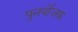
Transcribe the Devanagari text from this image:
पुनर्योजक